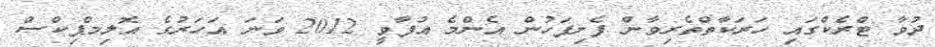
ދުވާ ޓްރެކްގައި ހަރަކާތްތެރިވާން ފެށިފަހުން އެންމެ އުފާވީ 2012 ވަނަ އަހަރުގެ އޮލިމްޕިކްސް